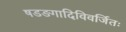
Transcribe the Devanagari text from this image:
षडङगादिविवर्जितः